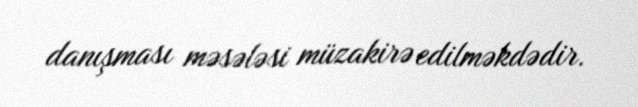
danışması məsələsi müzakirə edilməkdədir.